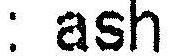
: ASH